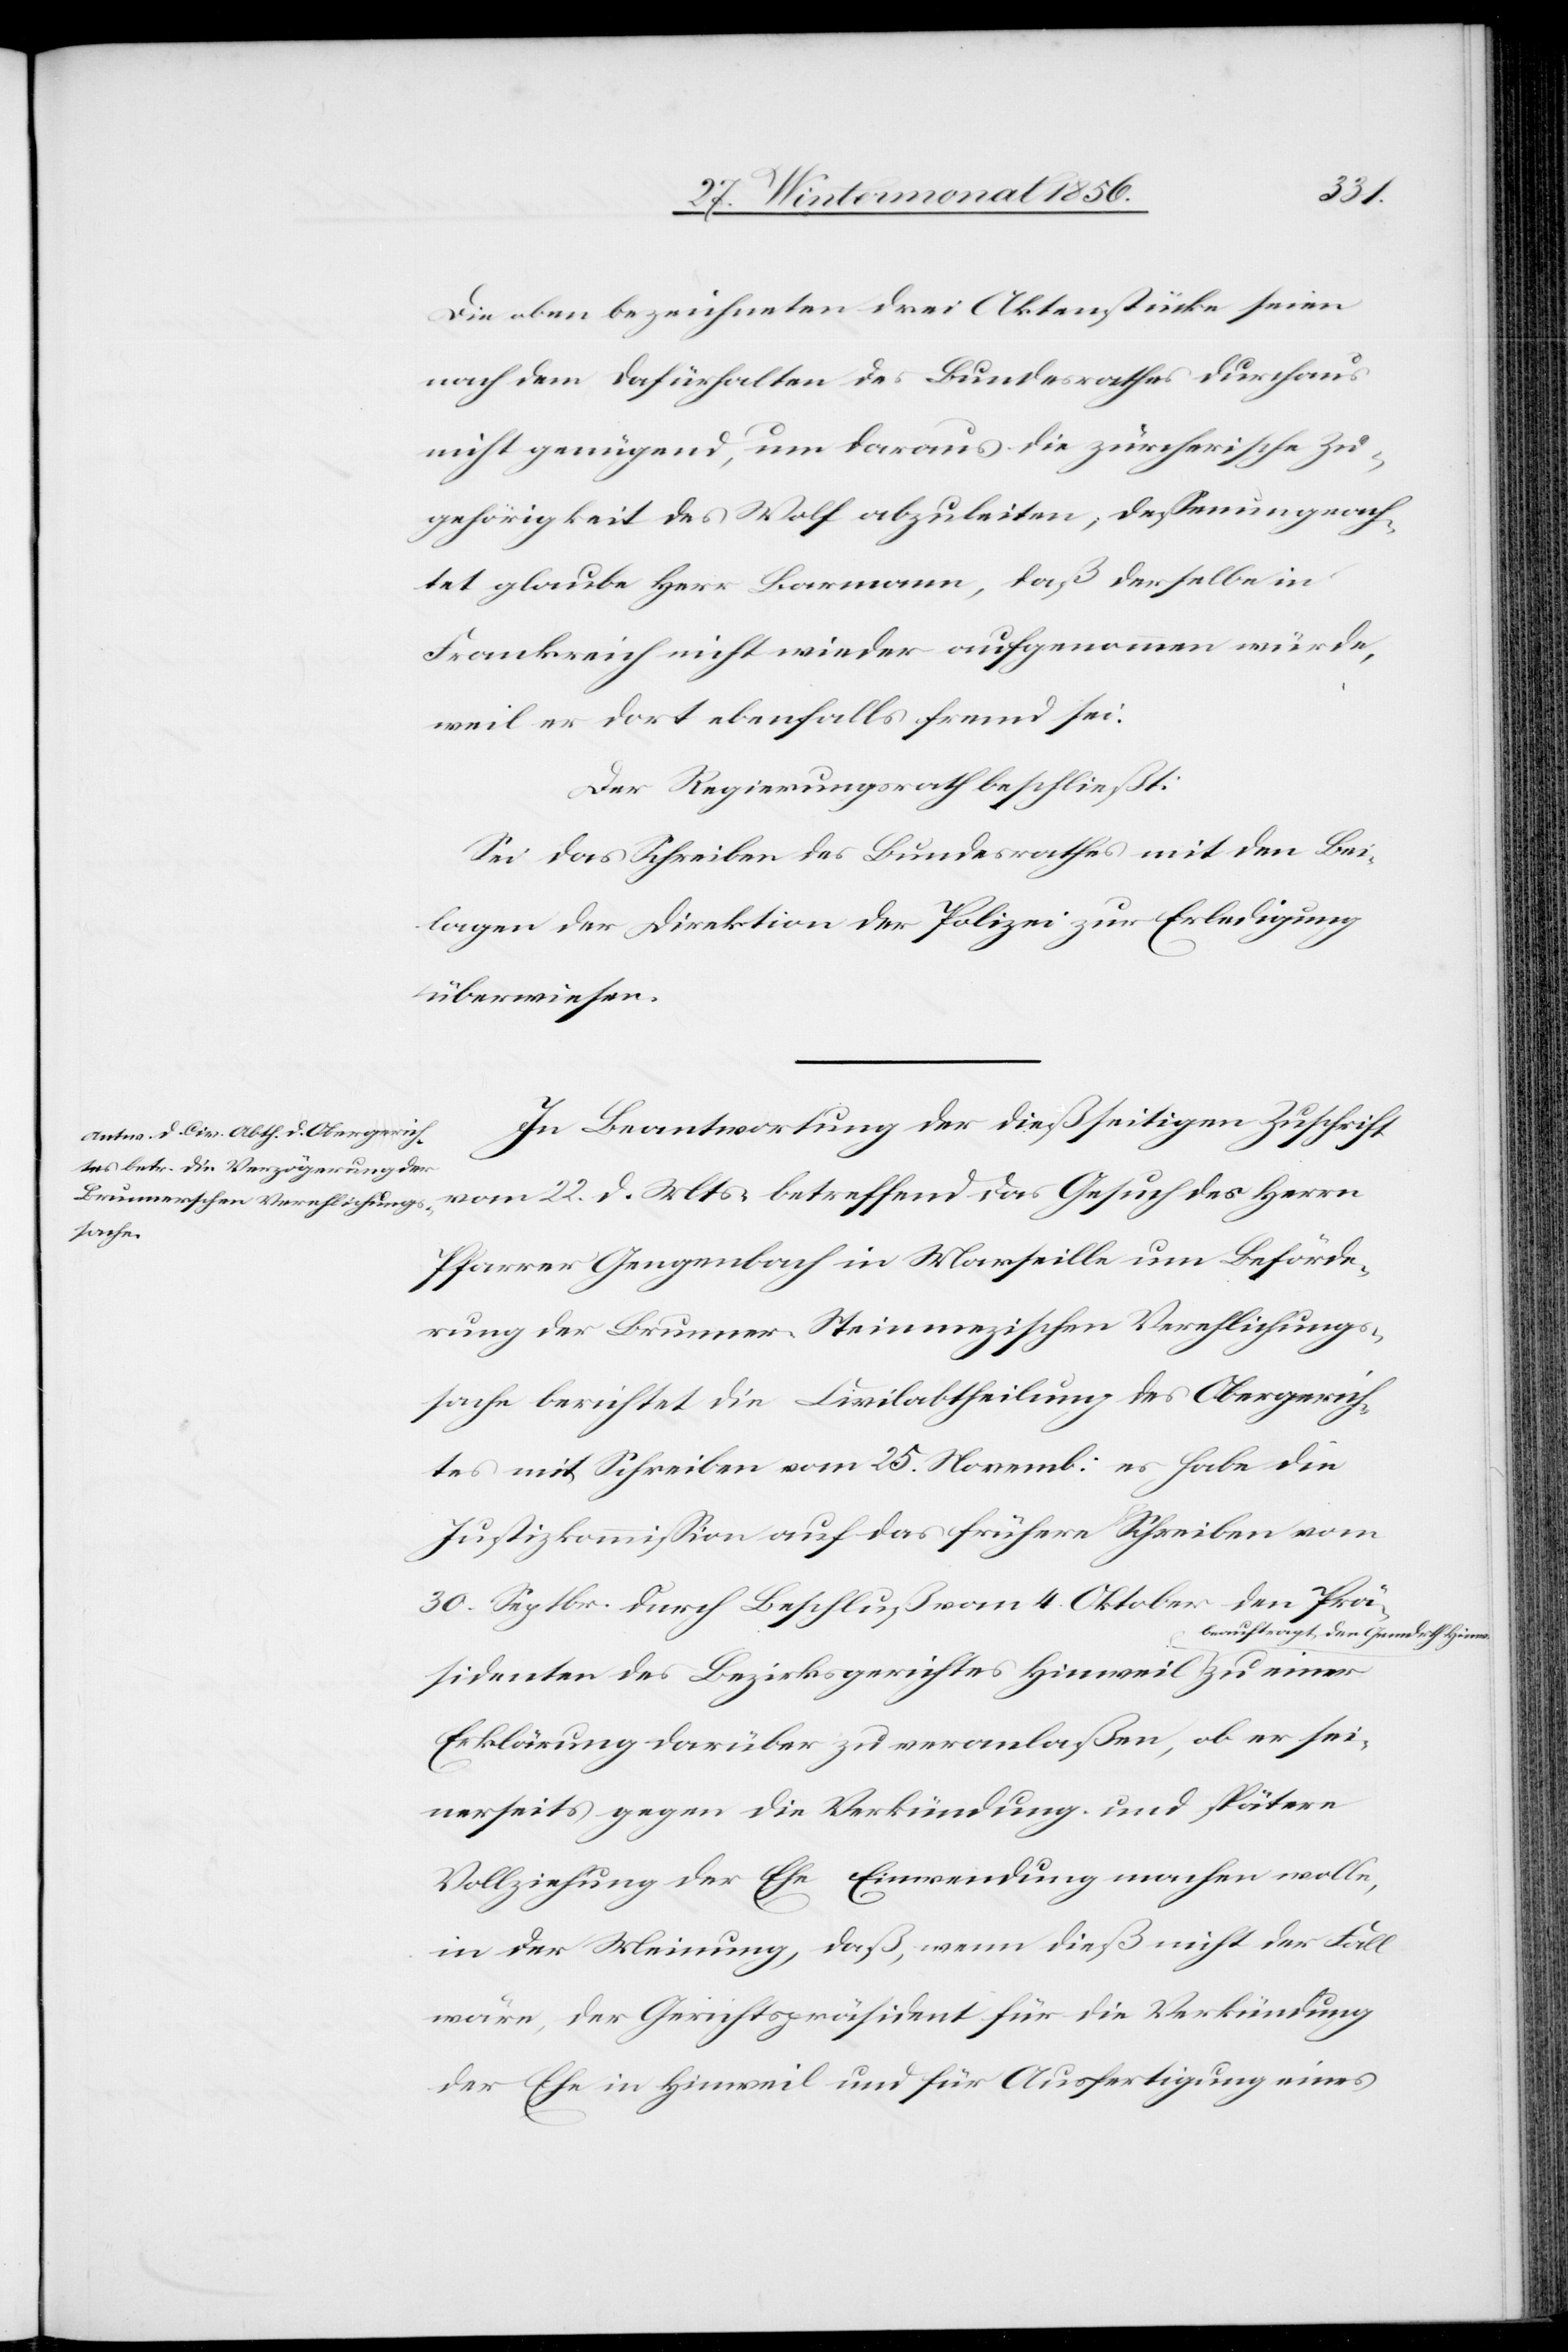
Die oben bezeichneten drei Aktenstücke seien
nach dem dafürhalten des Bundesrathes durchaus
nicht genügend, um daraus die zürcherische Zu¬
gehörigkeit des Wolf abzuleiten; dessenungeach¬
tet glaube Herr Barmann, daß derselbe in
Frankreich nicht wieder aufgenommen würde,
weil er dort ebenfalls fremd sei.
Der Regierungsrath beschließt:
Sei das Schreiben des Bundesrathes mit den Bei¬
lagen der Direktion der Polizei zur Erledigung
überwiesen.
In Beantwortung der dießseitigen Zuschrift
vom 22. d. Mts. betreffend das Gesuch des Herrn
Pfarrer Gengenbach in Marseille um Beförde¬
rung der Brunner-Steinmezischen Verehlichungs¬
sache berichtet die Civilabtheilung des Obergerich¬
tes mit Schreiben vom 25. Novemb: es habe die
Justizkommission auf das frühere Schreiben vom
30. Septbr. durch Beschluß vom 4. Oktober den Prä¬
auftragt den Gemdrth Hinw.-a
sidenten des Bezirksgerichtes Hinweil a-be¬
Erklärung darüber zu veranlaßen, ob er sei¬
nerseits gegen die Verkündung und spätere
Vollziehung der Ehe Einwendung machen wolle,
in der Meinung, daß, wenn dieß nicht der Fall
wäre, der Gerichtspräsident für die Verkündung
der Ehe in Hinweil und für Ausfertigung eines